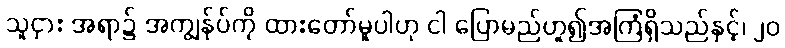
သူငှား အရာ၌ အကျွန်ုပ်ကို ထားတော်မူပါဟု ငါ ပြောမည်ဟူ၍အကြံရှိသည်နှင့်၊ ၂၀